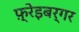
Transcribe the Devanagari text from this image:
फ़्रेइबर्गर